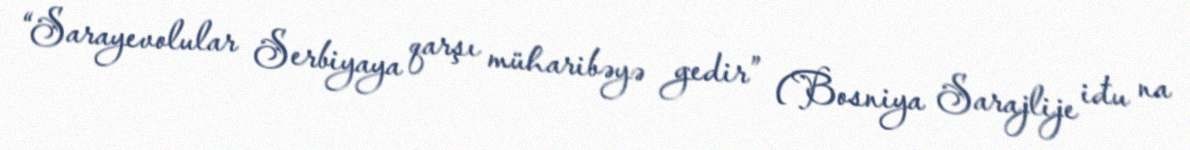
“Sarayevolular Serbiyaya qarşı müharibəyə gedir” (Bosniya Sarajlije iđu na